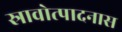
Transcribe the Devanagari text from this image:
स्रावोत्पादनास